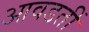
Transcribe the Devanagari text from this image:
आवडतीं